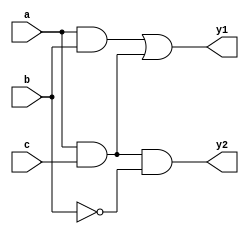
module combinational_logic (
    input wire a,
    input wire b,
    input wire c,
    output wire y1,
    output wire y2
);

// Intermediate shared logic
wire ab;        // Common term for a AND b
wire ac;        // Common term for a AND c
wire not_b;     // NOT b for use in both outputs

// Shared logic paths
assign ab = a & b;    // a AND b
assign ac = a & c;    // a AND c
assign not_b = ~b;    // NOT b

// Output logic using shared terms
assign y1 = ab | ac;  // y1 = (a AND b) OR (a AND c)
assign y2 = ac & not_b; // y2 = (a AND c) AND (NOT b)

endmodule